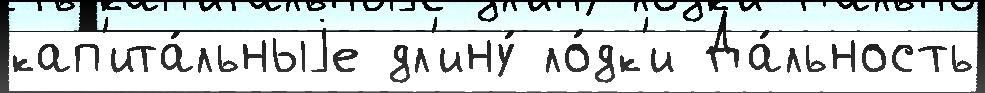
кап'ита́льныjе дл'ину́ ло́дк'и Да́льность